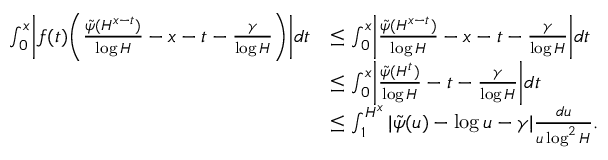
\begin{array} { r l } { \int _ { 0 } ^ { x } \biggl | f ( t ) \biggl ( \frac { \tilde { \psi } ( H ^ { x - t } ) } { \log H } - x - t - \frac { \gamma } { \log H } \biggr ) \biggr | d t } & { \le \int _ { 0 } ^ { x } \biggl | \frac { \tilde { \psi } ( H ^ { x - t } ) } { \log H } - x - t - \frac { \gamma } { \log H } \biggr | d t } \\ & { \le \int _ { 0 } ^ { x } \biggl | \frac { \tilde { \psi } ( H ^ { t } ) } { \log H } - t - \frac { \gamma } { \log H } \biggr | d t } \\ & { \le \int _ { 1 } ^ { H ^ { x } } | \tilde { \psi } ( u ) - \log u - \gamma | \frac { d u } { u \log ^ { 2 } H } . } \end{array}